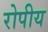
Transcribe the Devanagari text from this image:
रोपीय